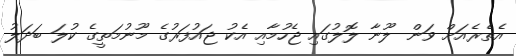
އެތެރެއަށް ވަން ލޫނާ ލޮލުގައި ޖެހުމާއި އެކު ޖައުފަރުގެ މޫނުމަތީގެ ކުލަ ބަދަލު